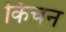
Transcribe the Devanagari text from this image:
किंचन